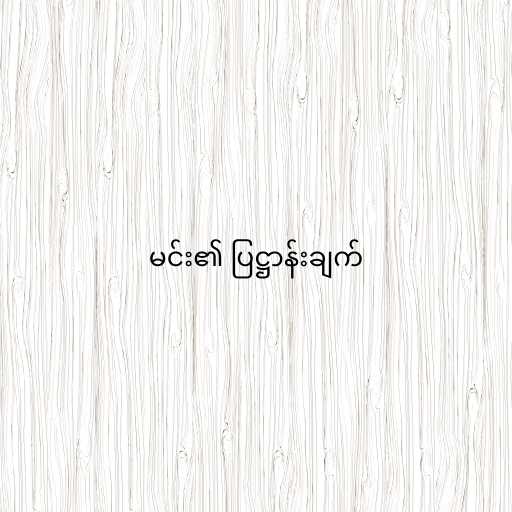
မင်း၏ ပြဋ္ဌာန်းချက်